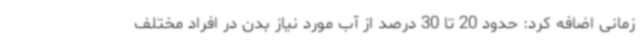
زمانی اضافه کرد: حدود 20 تا 30 درصد از آب مورد نیاز بدن در افراد مختلف